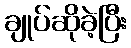
ချုပ်ဆိုခဲ့ပြီး